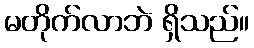
မတိုက်လာဘဲ ရှိသည်။